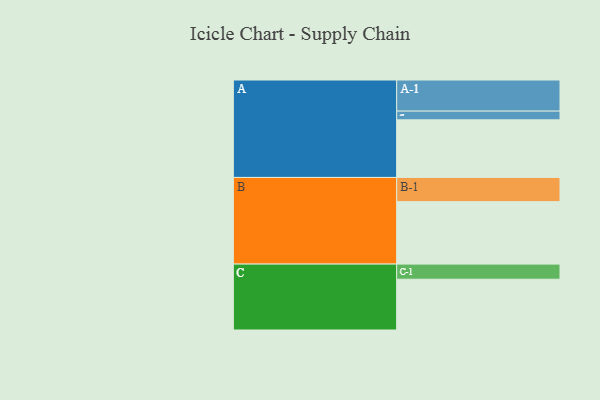
{"axis": {"x": "Segment", "y": "Value"}, "legend": ["", "A", "B", "C"], "data": [{"x": "A", "y": 533, "type": ""}, {"x": "B", "y": 578, "type": ""}, {"x": "C", "y": 470, "type": ""}, {"x": "A-1", "y": 288, "type": "A"}, {"x": "A-2", "y": 81, "type": "A"}, {"x": "B-1", "y": 224, "type": "B"}, {"x": "C-1", "y": 140, "type": "C"}]}